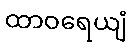
ထာဝရေယျံ